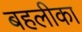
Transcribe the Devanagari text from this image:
बहलीका